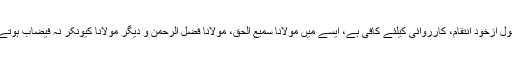
انگریزی سکول کے بچوں کے تعیشات اور مدرسے میں ملنے والا ماحول ازخود انتقام، کارروائی کیلئے کافی ہے، ایسے میں مولانا سمیع الحق، مولانا فضل الرحمن و دیگر مولانا کیونکر نہ فیضاب ہوتے، لوگوں نے ہمیشہ دوسروں کے complexes کو ”استعمال“ کیا ہے۔